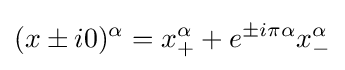
(x\pm i0)^{\alpha }=x_{+}^{\alpha }+e^{\pm i\pi \alpha }x_{-}^{\alpha }